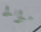
ميراندا